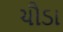
ચૌડા